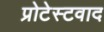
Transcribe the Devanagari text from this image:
प्रोटेस्टवाद